Leaving Certificate Examination, 1923
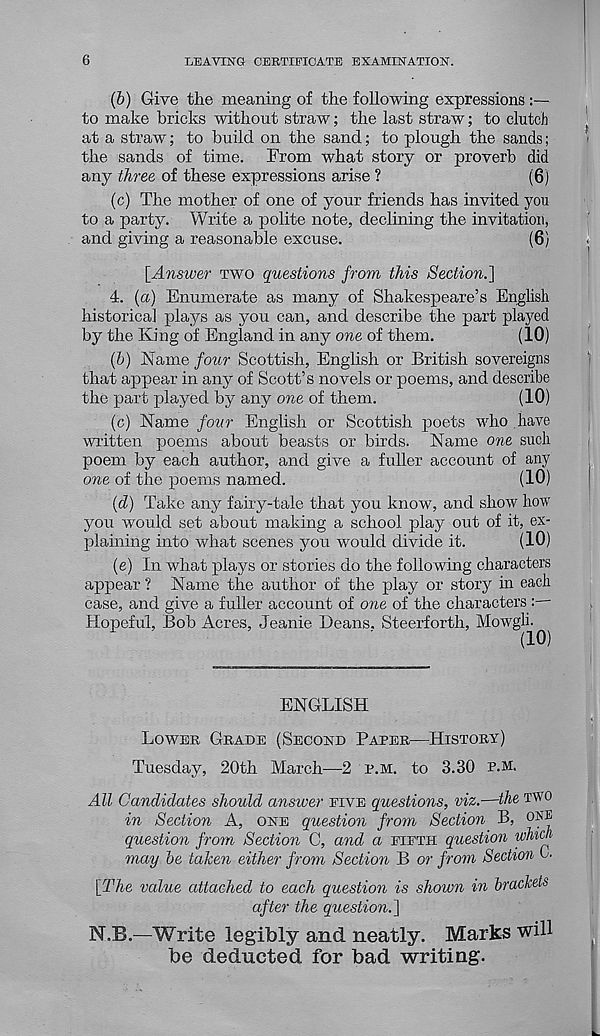
6
LEAVING CERTIFICATE EXAMINATION.
(b) Give the meaning of the following expressions
to make bricks without straw; the last straw; to clutch
at a straw; to build on the sand; to plough the sands;
the sands of time. From what story or proverb did
any three of these expressions arise ?
(6)
(c) The mother of one of your friends has invited you
to a party. Write a polite note, declining the invitation,
and giving a reasonable excuse.
(6)
[Answer TWO questions from this Section.']
4. (a) Enumerate as many of Shakespeare’s English
historical plaj^s as you can, and describe the part played
by the King of England in any one of them.
(10)
{b) Name four Scottish, English or British sovereigns
that appear in any of Scott’s novels or poems, and describe
the part played by any one of them.
(10)
(c) Name four English or Scottish poets who have
written poems about beasts or birds. Name one such
poem by each author, and give a fuller account of any
one of the poems named.
(10)
(d) Take any fairy-tale that you know, and show how
you would set about making a school play out of it, ex-
plaining into what scenes you would divide it.
(10)
(e) In what plays or stories do the following characters
appear ? Name the author of the play or story in each
case, and give a fuller account of one of the characters :
Hopeful, Bob Acres, Jeanie Beans, Steerforth, Mowgli.
ENGLISH
LOWER GRADE (SECOND PAPER—HISTORY)
Tuesday, 20th March—2 P.M. to 3.30 P.M.
All Candidates should answer FIVE questions, viz.—the TWO
in
Section
A, ONE question from Section B, ONE
question from Section C, and a FIFTH question which
may be taken either from Section B or from Section 0.
[The value attached to each question is shown in brackets
after the question.]
N.B.—Write legibly and neatly. Marks will
be deducted for bad writing.